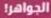
الجواهر